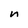
Character: n